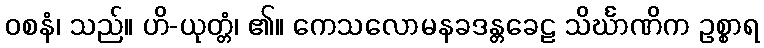
ဝစနံ၊ သည်။ ဟိ-ယုတ္တံ၊ ၏။ ကေသလောမနခဒန္တခေဠ သိင်္ဃာဏိက ဥစ္စာရ